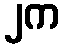
၂က